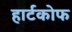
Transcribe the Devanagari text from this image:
हार्टकोफ